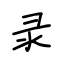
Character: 录